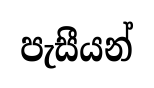
පැසීයන්